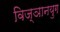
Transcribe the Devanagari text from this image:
विज्ञानयुग